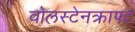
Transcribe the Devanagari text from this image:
वोलस्टेनक्राफ्ट